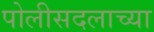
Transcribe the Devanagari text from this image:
पोलीसदलाच्या